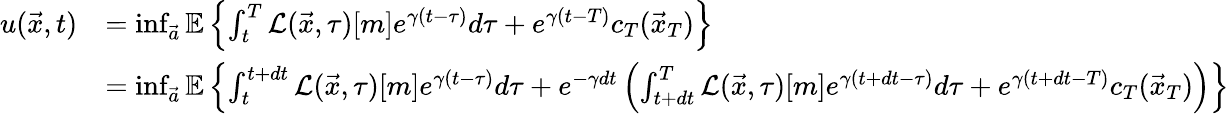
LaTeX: \begin{array}{rl}{u(\vec{x},t)}&{=\operatorname*{inf}_{\vec{a}}\mathbb{E}\left\{ \int_{t}^{T}\mathcal{L}(\vec{x},\tau)[m]e^{\gamma(t-\tau)}d\tau+e^{\gamma(t-T)}c_{T}(\vec{x}_{T})\right\} }\\ &{=\operatorname*{inf}_{\vec{a}}\mathbb{E}\left\{ \int_{t}^{t+dt}\mathcal{L}(\vec{x},\tau)[m]e^{\gamma(t-\tau)}d\tau+e^{-\gamma dt}\left(\int_{t+dt}^{T}\mathcal{L}(\vec{x},\tau)[m]e^{\gamma(t+dt-\tau)}d\tau+e^{\gamma(t+dt-T)}c_{T}(\vec{x}_{T})\right)\right\} }\end{array}